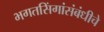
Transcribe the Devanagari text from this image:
भगतसिंगांसंबंधीचे